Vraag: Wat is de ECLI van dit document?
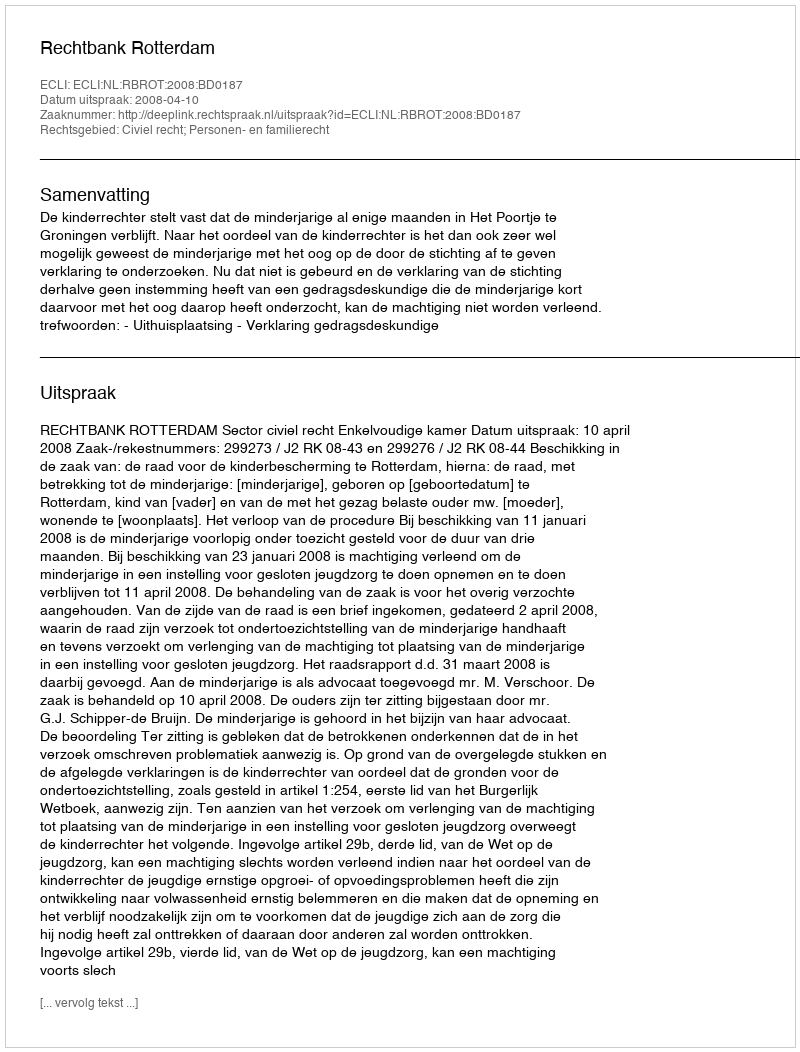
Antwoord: ECLI:NL:RBROT:2008:BD0187